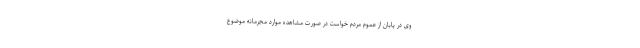
وی در پایان از عموم مردم خواست در صورت مشاهده موارد مجرمانه موضوع